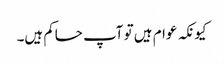
کیونکہ عوام ہیں تو آپ حاکم ہیں۔